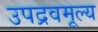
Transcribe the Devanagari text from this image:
उपद्रवमूल्य